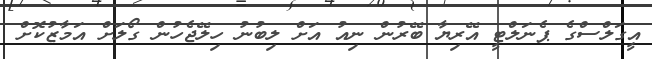
އީގަލްސްގެ ޕެނަލްޓީ އޭރިޔާ ބޭރުން ނިއު އަށް ލިބުނު ހިލޭޖެހުން ގޯލަށް އަމާޒުކޮށް